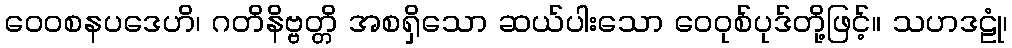
ဝေဝစနပဒေဟိ၊ ဂတိနိဗ္ဗတ္တိ အစရှိသော ဆယ်ပါးသော ဝေဝုစ်ပုဒ်တို့ဖြင့်။ သဟဒဠုံ၊